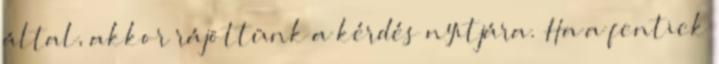
által, akkor rájöttünk a kérdés nyitjára. Ha a fentiek